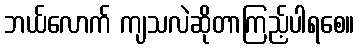
ဘယ်လောက် ကျသလဲဆိုတာကြည့်ပါရစေ။